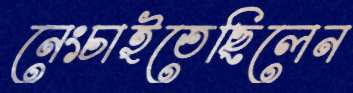
নেংচাইতেছিলেন